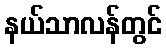
နယ်သာလန်တွင်